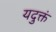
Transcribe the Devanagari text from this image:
यदुक्तं